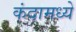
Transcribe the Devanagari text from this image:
कंदामध्ये